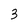
Character: 3